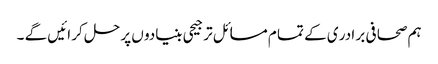
ہم صحا فی بر ادر ی کے تما م مسا ئل تر جیحی بنیادو ں پر حل کر ائیں گے ۔